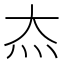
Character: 𬉵